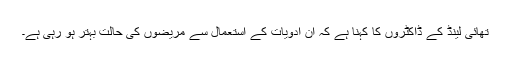
تھائی لینڈ کے ڈاکٹروں کا کہنا ہے کہ ان ادویات کے استعمال سے مریضوں کی حالت بہتر ہو رہی ہے۔